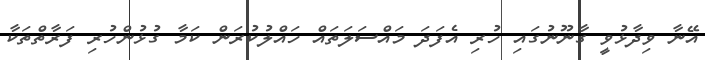
އޭނާ ވިދާޅުވީ ގާނޫނުގައި ހުރި އެފަދަ މައްސަލަތައް ހައްލުކުރަން ކަމާ ގުޅުންހުރި ފަރާތްތަކާ